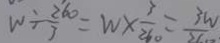
W \div \frac { 2 6 0 } { 3 } = w \times \frac { 3 } { 2 6 0 } = \frac { 3 w } { 2 6 0 }